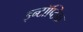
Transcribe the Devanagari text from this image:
इन्टॉप्टिक